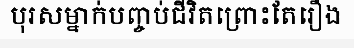
បុរសម្នាក់បញ្ចប់ជីវិតព្រោះតែរឿង